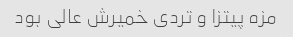
مزه پیتزا و تردی خمیرش عالی بود